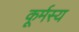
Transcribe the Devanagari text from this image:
कूर्मस्य